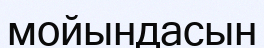
мойындасын